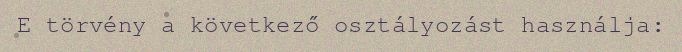
E törvény a következő osztályozást használja: